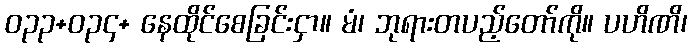
ဝ၃၃+ဝ၃၄+ နေထိုင်စေခြင်းငှာ။ မံ၊ ဘုရားတပည့်တော်ကို။ ပဟိဏိ၊